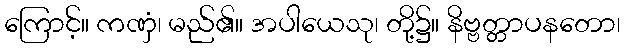
ကြောင့်။ ကဏှံ၊ မည်၏။ အပါယေသု၊ တို့၌။ နိဗ္ဗတ္တာပနတော၊